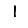
Digit: 1